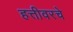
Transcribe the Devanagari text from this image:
हत्तीवरचे